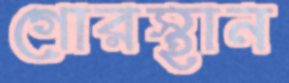
গোরস্থান